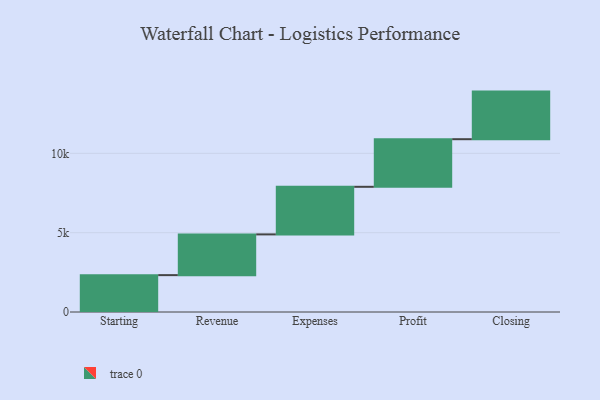
{"axis": {"x": "Step", "y": "Value"}, "legend": [""], "data": [{"x": "Starting", "y": 2324.0, "type": ""}, {"x": "Revenue", "y": 2567.0, "type": ""}, {"x": "Expenses", "y": 3000, "type": ""}, {"x": "Profit", "y": 3000, "type": ""}, {"x": "Closing", "y": 3000, "type": ""}]}